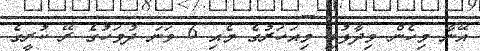
އޭނާ މިހެން ވިދާޅުވީ މިއަހަރުގެ މެއި 6 ވަނަ ދުވަހުގެ ރޭ ކުރީގެ